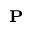
_ \mathbf { P }